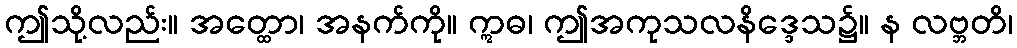
ဤသို့လည်း။ အတ္ထော၊ အနက်ကို။ ဣဓ၊ ဤအကုသလနိဒ္ဒေသ၌။ န လဗ္ဘတိ၊